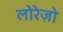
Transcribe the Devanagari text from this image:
लोरेज़ो